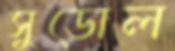
সুডোল